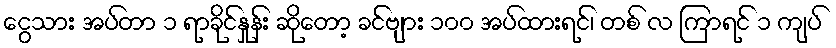
ငွေသား အပ်တာ ၁ ရာခိုင်နှုန်း ဆိုတော့ ခင်ဗျား ၁၀၀ အပ်ထားရင်၊ တစ် လ ကြာရင် ၁ ကျပ်